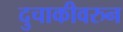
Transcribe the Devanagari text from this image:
दुचाकीवरुन